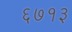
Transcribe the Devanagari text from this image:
६७१३